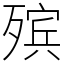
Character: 殡